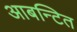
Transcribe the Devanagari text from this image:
आबन्टित